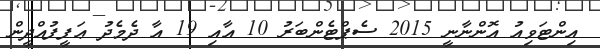
އިންޓަވިއު އޮންނާނީ 2015 ސެޕްޓެންބަރު 10 އާއި 19 އާ ދެމެދު ޢަފީފުއްދީން